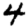
Digit: 4